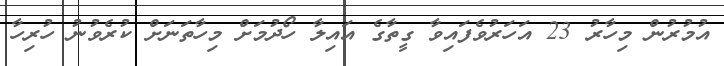
އުމުރުން މިހާރު 23 އަހަރުވެފައިވާ ގީތާގެ އައިލާ ހޯދުމަށް މިހާތަނަށް ކުރެވުނު ހުރިހާ